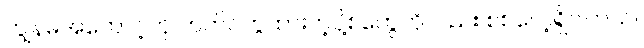
ကျွန်မအကောင့်ကို တက်ဂ်တွဲထားတဲ့ပို့စ်တွေကိုလည်း စစ်လေ့ရှိပါတယ်။